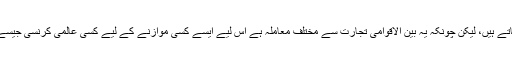
کم مایگی اور پُرمایگی کے الفاظ موازنوں کے لیے استعمال ضرور کیے جاتے ہیں، لیکن چونکہ یہ بین الاقوامی تجارت سے مختلف معاملہ ہے اس لیے ایسے کسی موازنے کے لیے کسی عالمی کرنسی جیسے معروضی پیمانے کا وجود نہیں جسے سب طوعاً یا کرہاً تسلیم کرتے ہوں۔